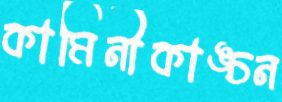
কামিনীকাঙ্চন